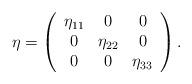
LaTeX: \begin{align*}\eta = \left( \begin{array}{ccc}\eta_{11} & 0 & 0\\0 & \eta_{22} & 0\\0 & 0 & \eta_{33}\end{array} \right).\end{align*}